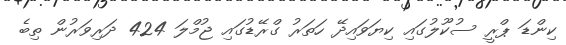
ކިންޑަ ޕްރީ ސުކޫލުގައި ކިޔަވައިދޭ ހަތަރު ގްރޭޑުގައި ޖުމްލަ 424 ދަރިވަރުން ތިބެ